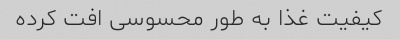
کیفیت غذا به طور محسوسی افت کرده